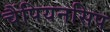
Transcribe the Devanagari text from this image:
चैंपियनसिप